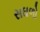
સઘળો